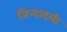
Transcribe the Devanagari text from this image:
जिन्दादली